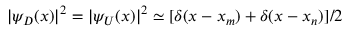
| \psi _ { D } ( x ) | ^ { 2 } = | \psi _ { U } ( x ) | ^ { 2 } \simeq [ \delta ( x - x _ { m } ) + \delta ( x - x _ { n } ) ] / 2